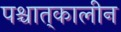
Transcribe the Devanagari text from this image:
पश्चात्‌कालीन